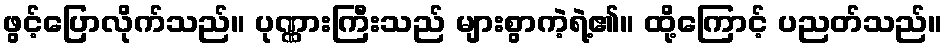
ဖွင့်ပြောလိုက်သည်။ ပုဏ္ဏားကြီးသည် များစွာကဲ့ရဲ့၏။ ထို့ကြောင့် ပညတ်သည်။